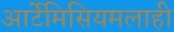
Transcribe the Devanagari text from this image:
आर्टेमिसियमलाही